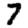
Digit: 7